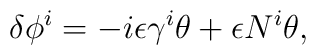
\delta \phi^i =  -i \epsilon \gamma^i \theta   + \epsilon N^i \theta ,